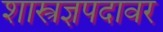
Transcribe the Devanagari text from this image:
शास्त्रज्ञपदावर